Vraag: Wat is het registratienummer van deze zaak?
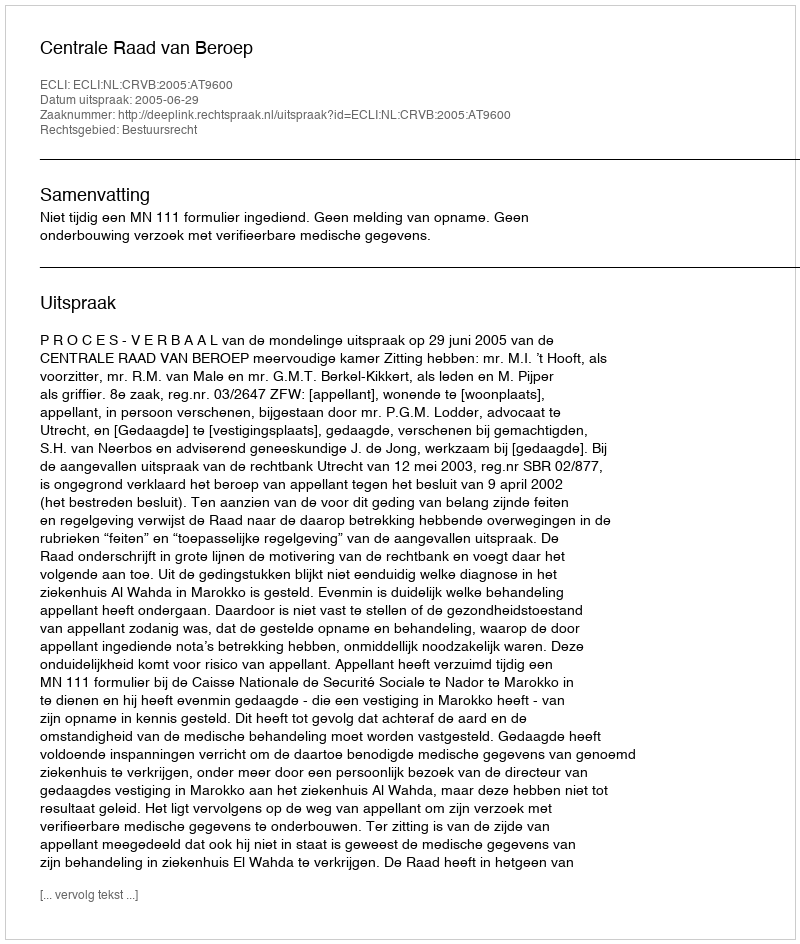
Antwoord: http://deeplink.rechtspraak.nl/uitspraak?id=ECLI:NL:CRVB:2005:AT9600